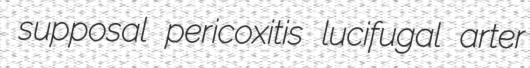
supposal pericoxitis lucifugal arter